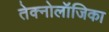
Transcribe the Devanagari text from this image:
तेक्नोलॉजिका